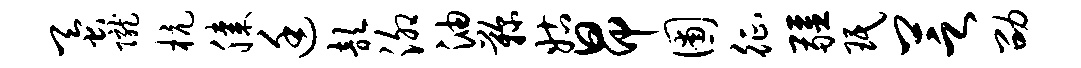
蚕陇杭膝廷歆泖油鞠姑昂圃征疆珉芝劭